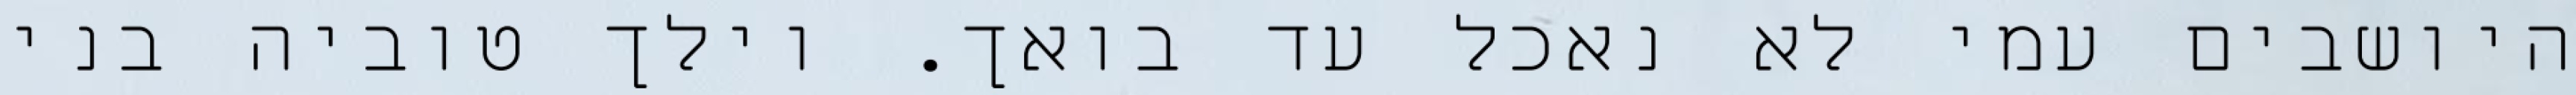
היושבים עמי לא נאכל עד בואך. וילך טוביה בני